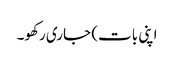
اپنی بات) جاری رکھو۔